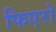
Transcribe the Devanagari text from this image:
फिएरो